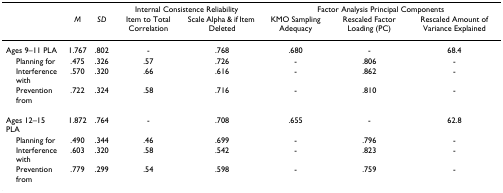
<table><thead><tr><td></td><td></td><td></td><td colspan="2"><b>Internal Consistence Reliability</b></td><td colspan="3"><b>Factor Analysis Principal Components</b></td></tr><tr><td></td><td><b><i>M</i></b></td><td><b><i>SD</i></b></td><td><b>Item to Total Correlation</b></td><td><b>Scale Alpha &amp; if Item Deleted</b></td><td><b>KMO Sampling Adequacy</b></td><td><b>Rescaled Factor Loading (PC)</b></td><td><b>Rescaled Amount of Variance Explained</b></td></tr></thead><tbody><tr><td>Ages 9–11 PLA</td><td>1.767</td><td>.802</td><td>-</td><td>.768</td><td>.680</td><td>-</td><td>68.4</td></tr><tr><td> Planning for</td><td>.475</td><td>.326</td><td>.57</td><td>.726</td><td>-</td><td>.806</td><td>-</td></tr><tr><td> Interference with</td><td>.570</td><td>.320</td><td>.66</td><td>.616</td><td>-</td><td>.862</td><td>-</td></tr><tr><td> Prevention from</td><td>.722</td><td>.324</td><td>.58</td><td>.716</td><td>-</td><td>.810</td><td>-</td></tr><tr><td>Ages 12–15 PLA</td><td>1.872</td><td>.764</td><td>-</td><td>.708</td><td>.655</td><td>-</td><td>62.8</td></tr><tr><td> Planning for</td><td>.490</td><td>.344</td><td>.46</td><td>.699</td><td>-</td><td>.796</td><td>-</td></tr><tr><td> Interference with</td><td>.603</td><td>.320</td><td>.58</td><td>.542</td><td>-</td><td>.823</td><td>-</td></tr><tr><td> Prevention from</td><td>.779</td><td>.299</td><td>.54</td><td>.598</td><td>-</td><td>.759</td><td>-</td></tr></tbody></table>